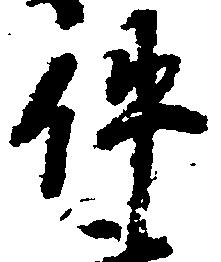
件